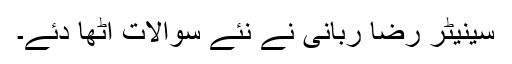
سینیٹر رضا ربانی نے نئے سوالات اُٹھا دئے۔